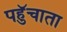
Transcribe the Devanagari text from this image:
पहुॅचाता